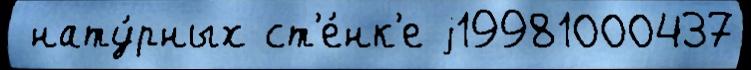
 нату́рных ст'е́нк'е j19981000437